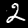
Digit: 2